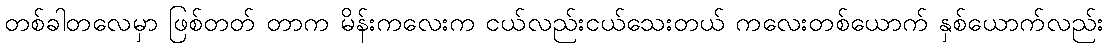
တစ်ခါတလေမှာ ဖြစ်တတ် တာက မိန်းကလေးက ငယ်လည်းငယ်သေးတယ် ကလေးတစ်ယောက် နှစ်ယောက်လည်း